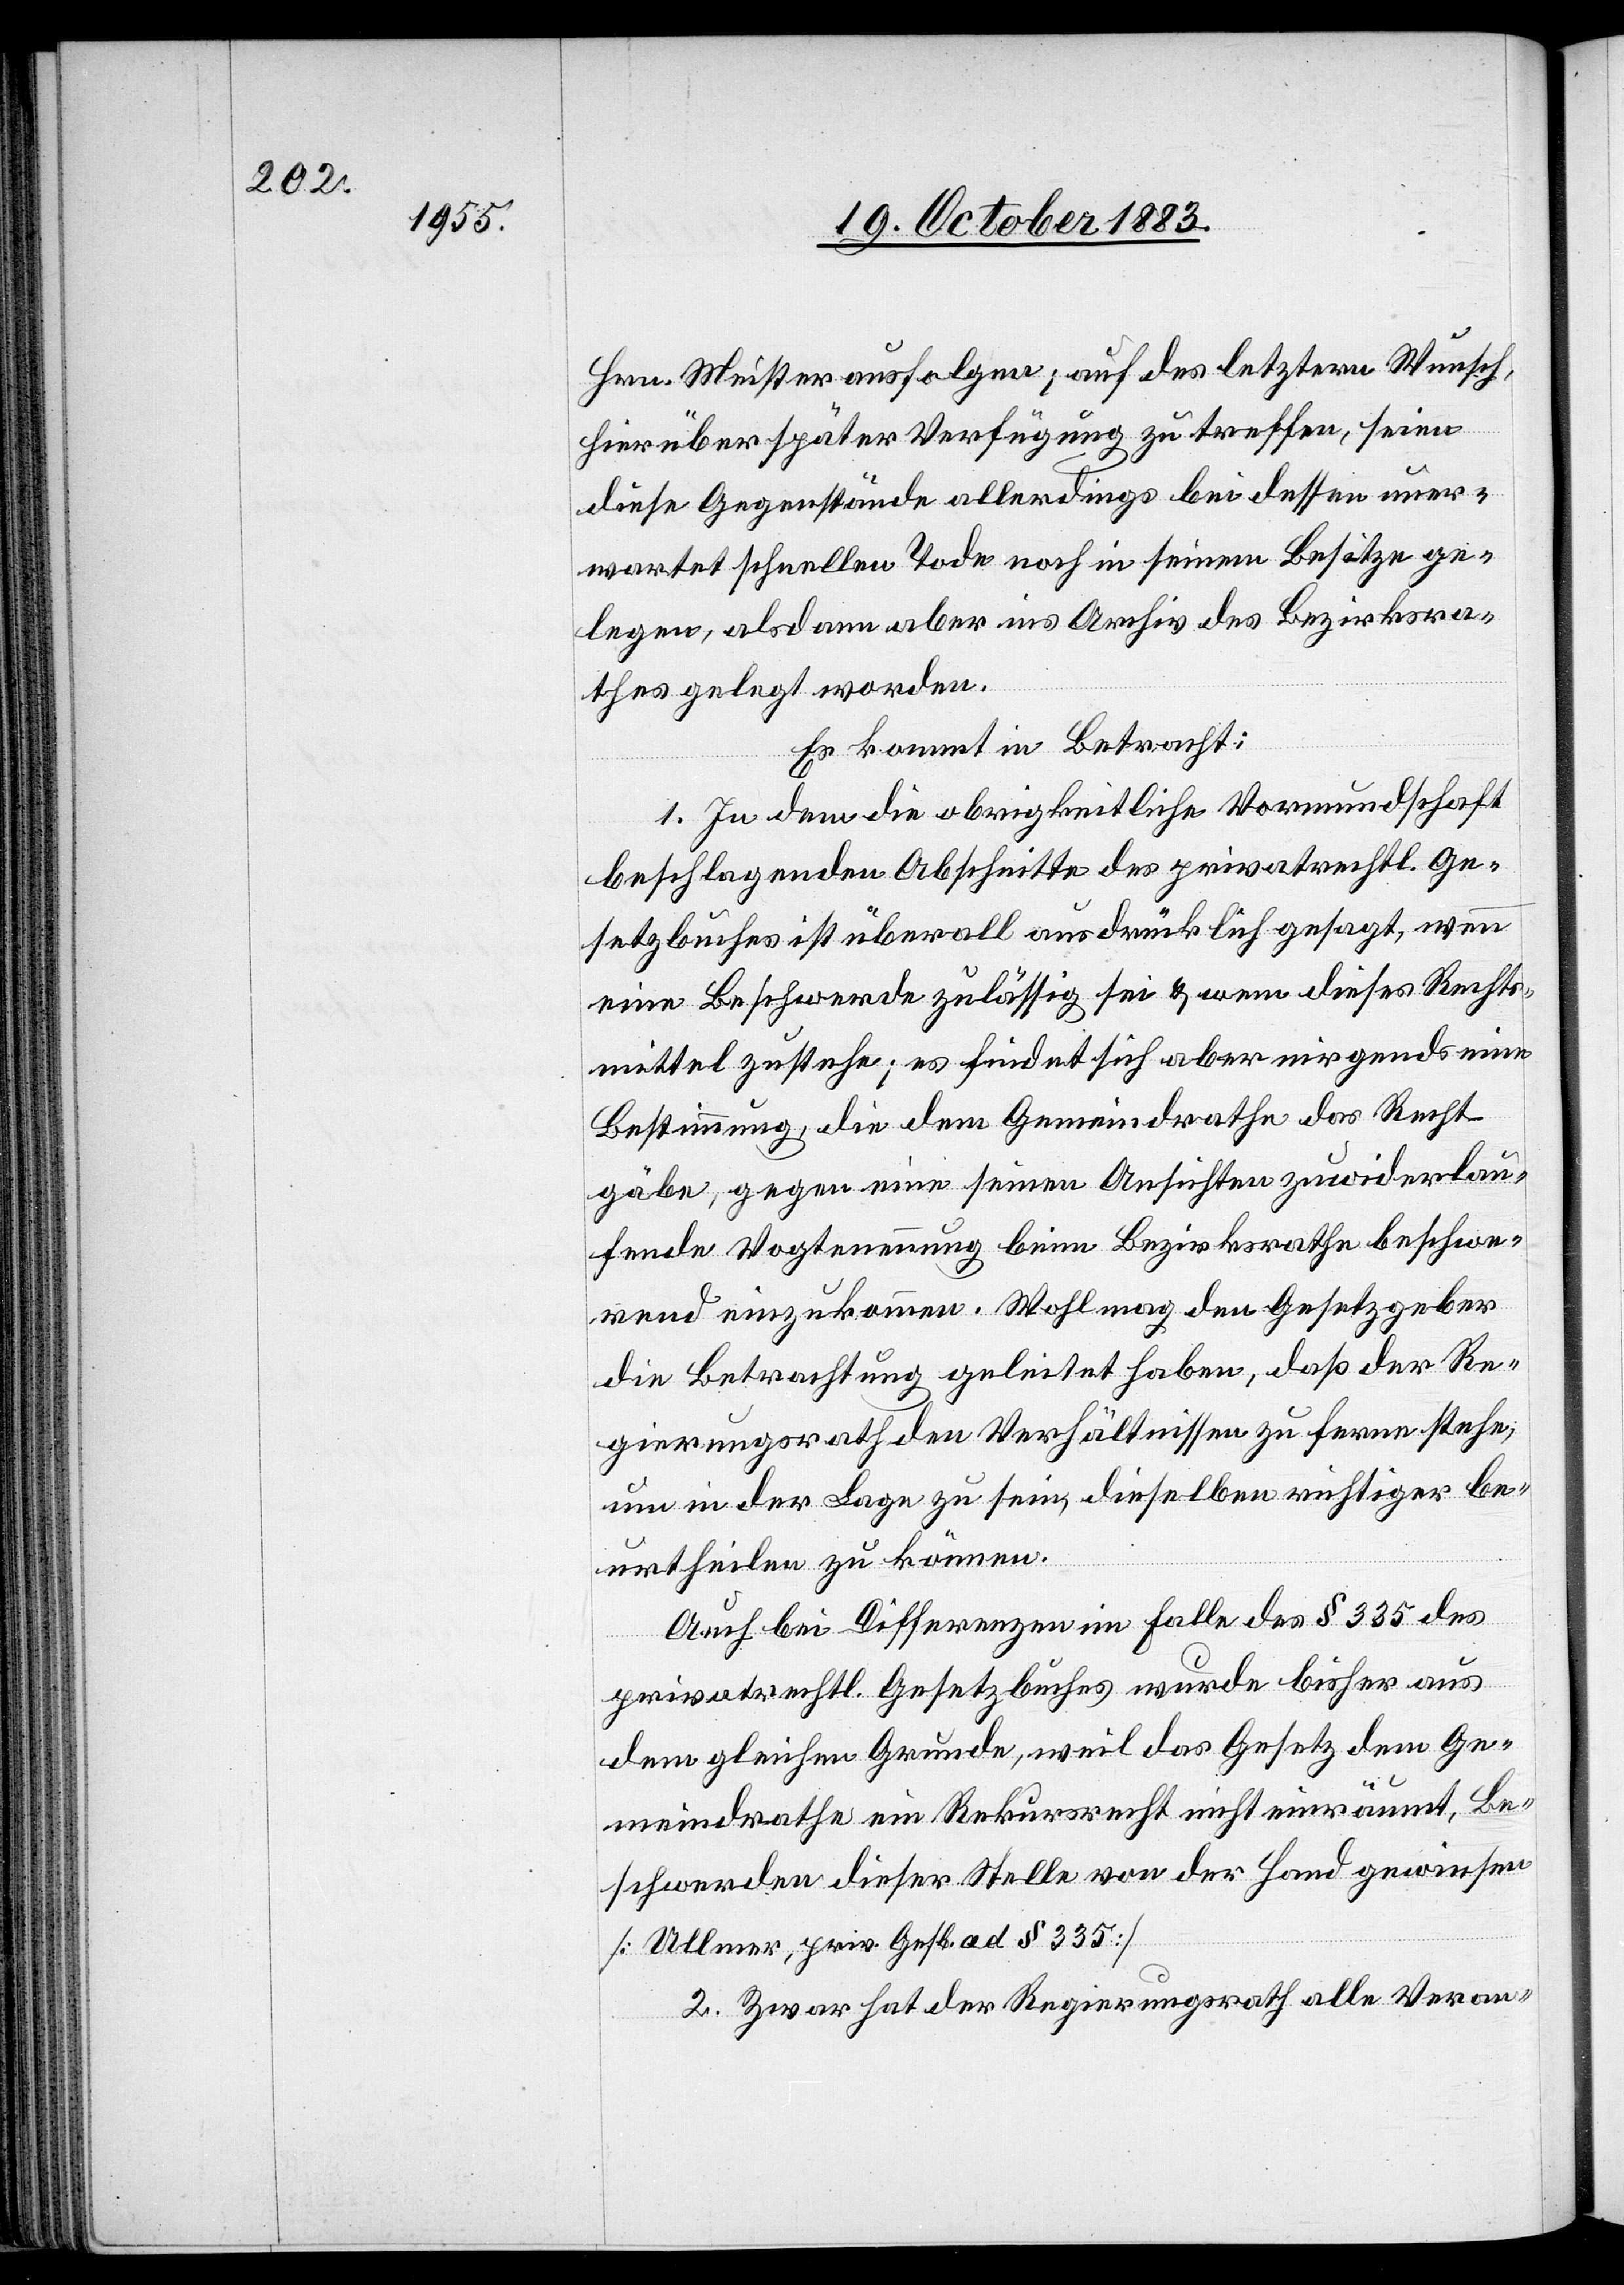
Hrn. Meister ausfolgen; auf des letztern Wunsch,
hierüber später Verfügung zu treffen, seien
diese Gegenstände allerdings bei dessen uner¬
wartet schnellen Tode noch in seinem Besitze ge¬
legen, alsdann aber ins Archiv des Bezirksra¬
thes gelegt worden.
Es kommt in Betracht:
1. In dem die obrigkeitliche Vormundschaft
beschlagenden Abschnitte des privatrechtl. Ge¬
setzbuches ist überall ausdrücklich gesagt, wenn
eine Beschwerde zulässig sei & wem diese Rechts¬
mittel zustehe; es findet sich aber nirgends eine
Bestimmung, die dem Gemeindrathe das Recht
gäbe, gegen eine seinen Ansichten zuwiderlau¬
fende Vogternennung beim Bezirksrathe beschwe¬
rend einzukommen. Wohl mag den Gesetzgeber
die Betrachtung geleitet haben, daß der Re¬
gierungsrath den Verhältnissen zu ferne stehe,
um in der Lage zu sein, dieselben richtiger be¬
urtheilen zu können.
Auch bei Differenzen im Falle des § 335 des
privatrechtl. Gesetzbuches wurde bisher aus
dem gleichen Grunde, weil das Gesetz dem Ge¬
meindrathe ein Rekursrecht nicht einräumt, Be¬
schwerden dieser Stelle von der Hand gewiesen
[Ullmer, priv. Gesb. § 335].
2. Zwar hat der Regierungsrath alle Veran-